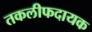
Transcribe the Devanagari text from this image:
तकलीफदायक